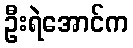
ဦးရဲအောင်က